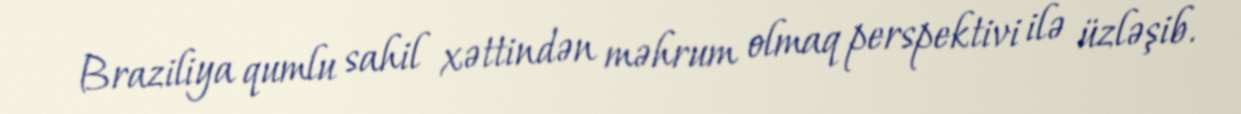
Braziliya qumlu sahil xəttindən məhrum olmaq perspektivi ilə üzləşib.